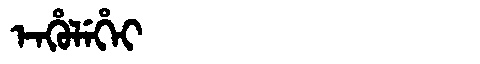
Manchu: ᡝᠨᡥᡠᠯᡝᡥᡝᡳ
Romanization: ENHULEHEI